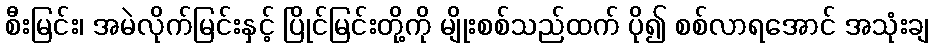
စီးမြင်း၊ အမဲလိုက်မြင်းနှင့် ပြိုင်မြင်းတို့ကို မျိုးစစ်သည်ထက် ပို၍ စစ်လာရအောင် အသုံးချ